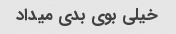
خیلی بوی بدی میداد